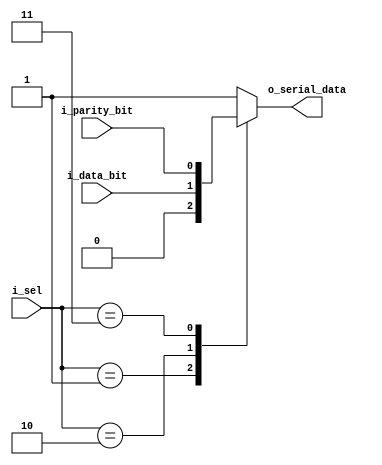
module mux (
    output  reg             o_serial_data,

    input   wire            i_parity_bit,
    input   wire            i_data_bit,
    input   wire    [2:0]   i_sel
);

    localparam  [1:0]   IDLE        = 3'b000,
                        start_bit   = 3'b001,
                        data_bit    = 3'b010,
                        parity_bit  = 3'b011,
                        stop_bit    = 3'b100;

    always @(*) 
        begin
            case(i_sel)
                IDLE:
                    begin
                        o_serial_data = 1'b1;
                    end
                start_bit:
                    begin
                        o_serial_data = 1'b0;   
                    end
                data_bit:
                    begin
                        o_serial_data = i_data_bit;
                    end
                stop_bit:
                    begin
                        o_serial_data = 1'b1;
                    end
                parity_bit:
                    begin
                        o_serial_data = i_parity_bit;
                    end
                default:
                    begin
                        o_serial_data = 1'b1;
                    end 
            endcase
        end
    
endmodule